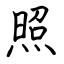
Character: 照